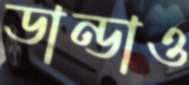
ডান্ডাও